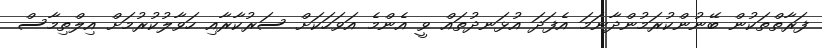
ފަރާތްތަކުން ބޭނުންކުރަމުންދާނަމަ އެފަދަ އުޅަނދުތައް ވީ އެންމެ އަވަހަކަށް ސަރުކާރާއި ހަވާލުކުރުމަށް އިލްތިމާސް